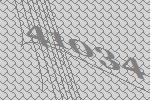
41034